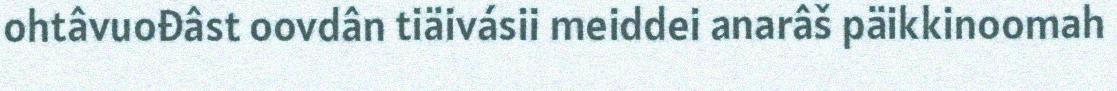
ohtâvuođâst oovdân tiäivásii meiddei anarâš päikkinoomah